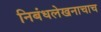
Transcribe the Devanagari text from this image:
निबंधलेखनाचाच